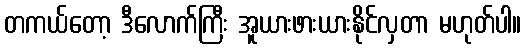
တကယ်တော့ ဒီလောက်ကြီး အူယားဖားယားနိုင်လှတာ မဟုတ်ပါ။